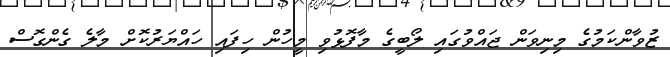
ޒުވާންކަމުގެ މިނިވަން ޖައްވުގައި ލޯބީގެ މާފޮޅުވި މީހުން ހިފައި ހައްޔަރުކޮށް މާލެ ގެންގޮސް